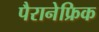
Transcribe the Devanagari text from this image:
पैरानेफ्रिक